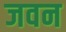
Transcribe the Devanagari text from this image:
जवन